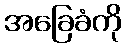
အခြေခံကို